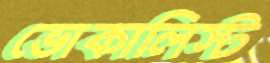
ভোকালিস্ট